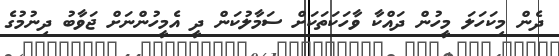
ދެން މިކަހަލަ މީހުން ދައްކާ ވާހަކަތަކަށް ސަމާލުކަން ދީ އެމީހުންނަށް ޖަވާބު ދިނުމުގެ